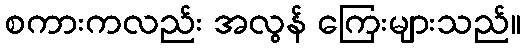
စကားကလည်း အလွန် ကြေးများသည်။